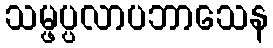
သမ္ဖပ္ပလာပဘာသေန